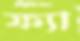
ফ্যা